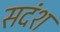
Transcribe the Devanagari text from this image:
सदंश